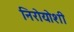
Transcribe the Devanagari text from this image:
निरोयोशी